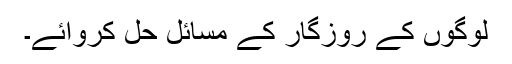
لوگوں کے روزگار کے مسائل حل کروائے۔